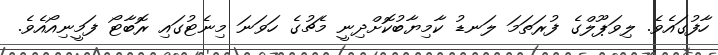
ހާފުގައެވެ. ލިވަޕޫލްގެ ފުރަތަމަ ލަނޑު ކާމިޔާބުކޮށްދިނީ މެޗުގެ ހަވަނަ މިނެޓުގައި ރޮބާޓޯ ފަމީނިއޯއެވެ.